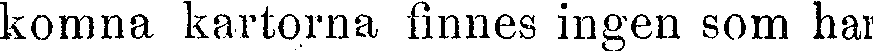
komna kartorna finnes ingen som har